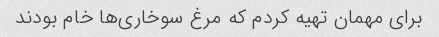
براى مهمان تهیه کردم که مرغ سوخارى‌ها خام بودند